Report of the Indian Hemp Drugs Commission, 1894-1895 - Volume VIII
Year: 1894
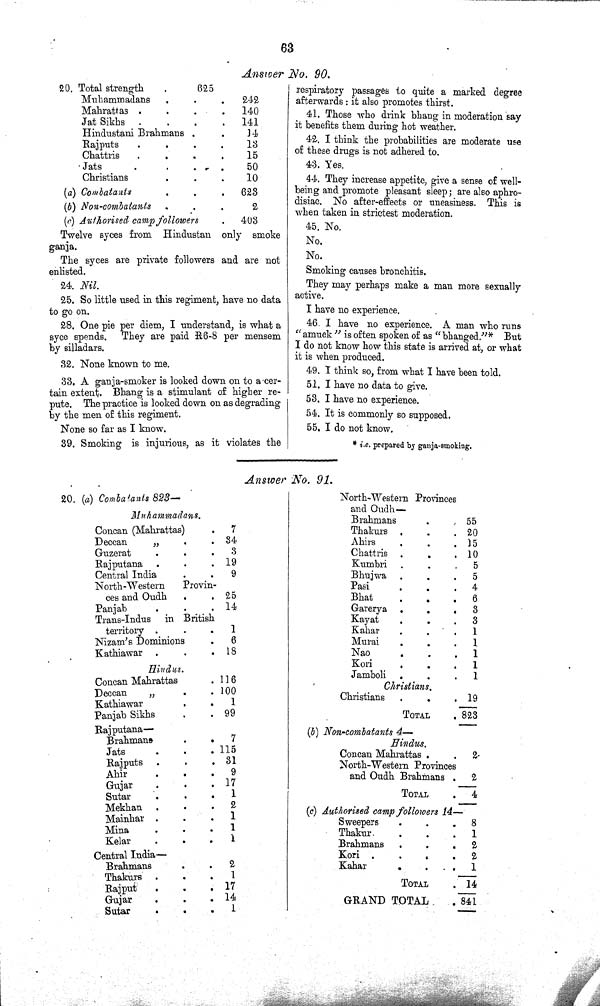
63
Answer No. 90.
20. Total strength
625
Muhammadans
242
Mahrattas
140
Jat Sikhs
141
Hindustani Brahmans
14
Rajputs
13
Chattris
15
Jats
50
Christians
10
(a) Combatants
623
(b) Non-combatants
2
(c) Authorised camp followers
403
Twelve syces from Hindustan only smoke
ganja.
The syces are private followers and are not
enlisted.
24. Nil.
25. So little used in this regiment, have no data
to go on.
28. One pie per diem, I understand, is what a
syce spends. They are paid R6-8 per mensem
by silladars.
32. None known to me.
33. A ganja-smoker is looked down on to a cer
tain extent. Bhang is a stimulant of higher re-
pute. The practice is looked down on as degrading
by the men of this regiment.
None so far as I know.
39. Smoking is injurious, as it violates the
respiratory passages to quite a marked degree
afterwards: it also promotes thirst.
41. Those who drink bhang in moderation say
it benefits them during hot weather.
42. I think the probabilities are moderate use
of these drugs is not adhered to.
43. Yes.
44. They increase appetite, give a sense of well-
being and promote pleasant sleep; are also aphro-
disiac. No after-effects or uneasiness. This is
when taken in strictest moderation.
45. No.
No.
No.
Smoking causes bronchitis.
They may perhaps make a man more sexually
active.
I have no experience.
46. I have no experience. A man who runs
"amuck" is often spoken of as "bhanged."* But
I do not know how this state is arrived at, or what
it is when produced.
49. I think so, from what I have been told.
51. I have no data to give.
53. I have no experience.
54. It is commonly so supposed.
55. I do not know.
* i.e. prepared by ganja-smoking.
Answer No. 91.
20. (a) Combatants 823—
Muhammadans.
Concan (Mahrattas)
7
Deccan
"
34
Guzerat
3
Rajputana
19
Central India
9
North-Western
Provin-
ces and Oudh
25
Panjab
14
Trans-Indus
in British
territory
1
Nizam's Dominions
6
Kathiawar
18
Hindus.
Concan Mahrattas 116
Deccan
"
100
Kathiawar
1
Panjab Sikhs
99
Rajputana—
Brahmans
7
Jats
115
Rajputs
31
Ahir
9
Gujar
17
Sutar
1
Mekhan
2
Mainhar
1
Mina
1
Kelar
1
Central India—
Brahmans
2
Thakurs
1
Rajput
17
Gujar
14
Sutar
1
North-Western Provinces
and Oudh—
Brahmans
55
Thakurs
20
Ahirs
15
Chattris
10
Kumbri
5
Bhujwa
5
Pasi
4
Bhat
6
Garerya
3
Kayat
3
Kahar
1
Murai
1
Nao
1
Kori
1
Jamboli
1
Christians.
Christians
19
TOTAL
823
(b) Non-combatants 4—
Hindus.
Concan Mahrattas
2
North-Western Provinces
and Oudh Brahmans
2
TOTAL
4
(c) Authorised camp followers 14—
Sweepers
8
Thakur.
1
Brahmans
2
Kori
2
Kahar
1
TOTAL
14
GRAND TOTAL
841